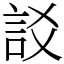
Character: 訤